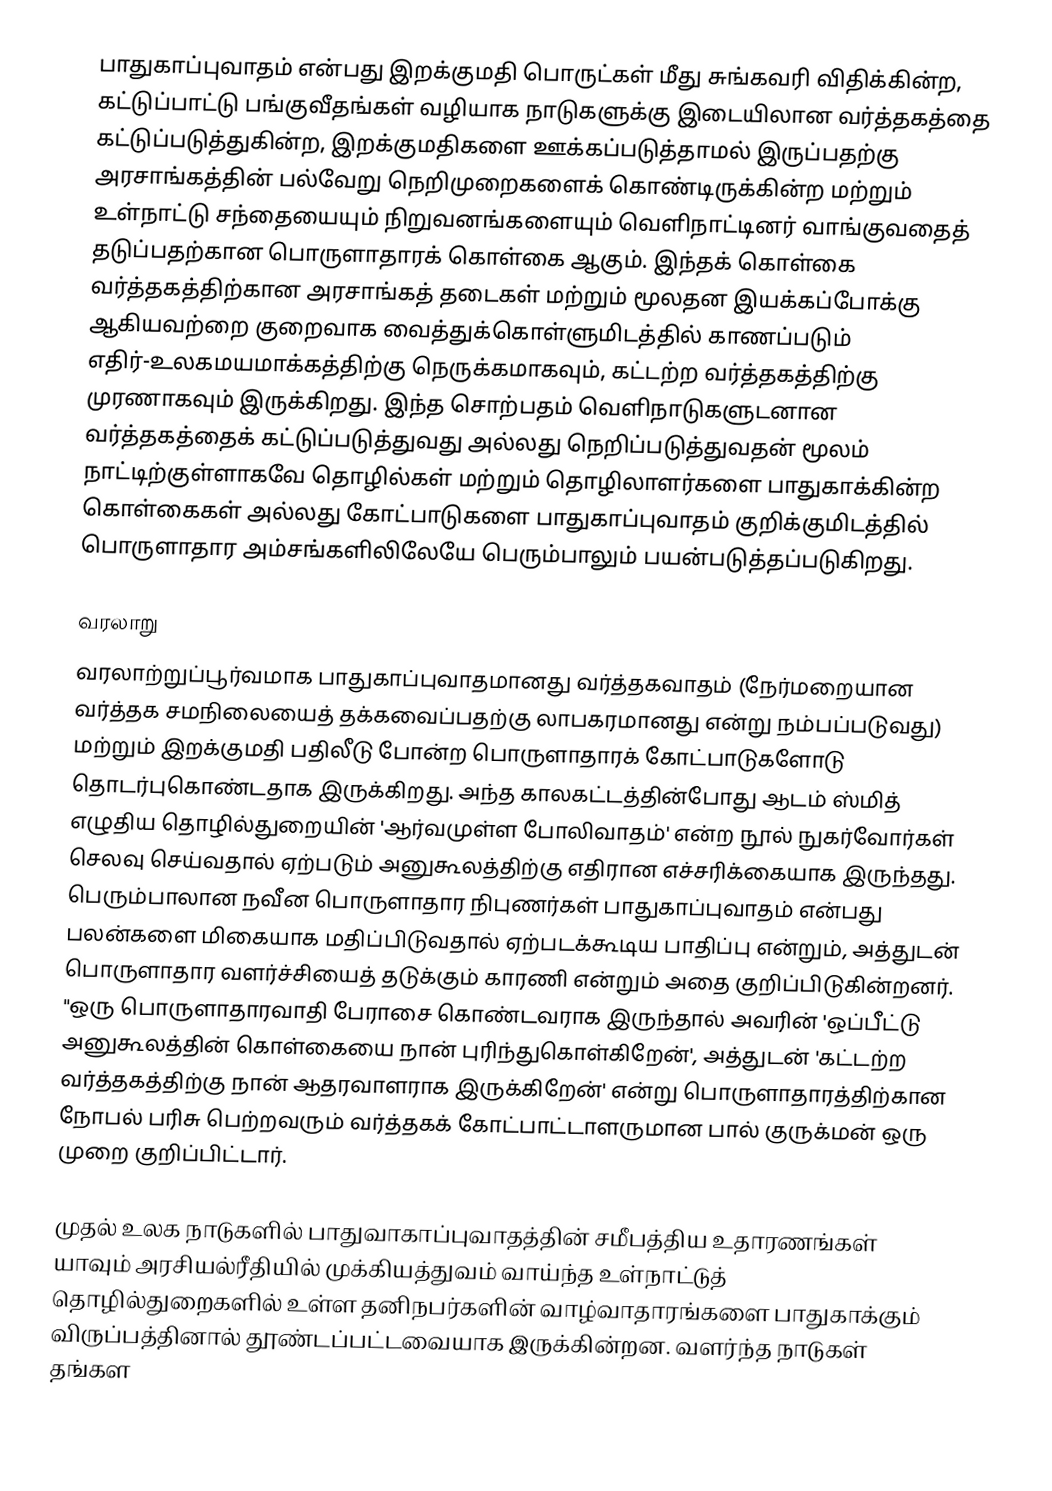
பாதுகாப்புவாதம் என்பது இறக்குமதி பொருட்கள் மீது சுங்கவரி விதிக்கின்ற, கட்டுப்பாட்டு பங்குவீதங்கள் வழியாக நாடுகளுக்கு இடையிலான வர்த்தகத்தை கட்டுப்படுத்துகின்ற, இறக்குமதிகளை ஊக்கப்படுத்தாமல் இருப்பதற்கு அரசாங்கத்தின் பல்வேறு நெறிமுறைகளைக் கொண்டிருக்கின்ற மற்றும் உள்நாட்டு சந்தையையும் நிறுவனங்களையும் வெளிநாட்டினர் வாங்குவதைத் தடுப்பதற்கான பொருளாதாரக் கொள்கை ஆகும். இந்தக் கொள்கை வர்த்தகத்திற்கான அரசாங்கத் தடைகள் மற்றும் மூலதன இயக்கப்போக்கு ஆகியவற்றை குறைவாக வைத்துக்கொள்ளுமிடத்தில் காணப்படும் எதிர்-உலகமயமாக்கத்திற்கு நெருக்கமாகவும், கட்டற்ற வர்த்தகத்திற்கு முரணாகவும் இருக்கிறது. இந்த சொற்பதம் வெளிநாடுகளுடனான வர்த்தகத்தைக் கட்டுப்படுத்துவது அல்லது நெறிப்படுத்துவதன் மூலம் நாட்டிற்குள்ளாகவே தொழில்கள் மற்றும் தொழிலாளர்களை பாதுகாக்கின்ற கொள்கைகள் அல்லது கோட்பாடுகளை பாதுகாப்புவாதம் குறிக்குமிடத்தில் பொருளாதார அம்சங்களிலிலேயே பெரும்பாலும் பயன்படுத்தப்படுகிறது.

வரலாறு
வரலாற்றுப்பூர்வமாக பாதுகாப்புவாதமானது வர்த்தகவாதம் (நேர்மறையான வர்த்தக சமநிலையைத் தக்கவைப்பதற்கு லாபகரமானது என்று நம்பப்படுவது) மற்றும் இறக்குமதி பதிலீடு போன்ற பொருளாதாரக் கோட்பாடுகளோடு தொடர்புகொண்டதாக இருக்கிறது. அந்த காலகட்டத்தின்போது ஆடம் ஸ்மித் எழுதிய தொழில்துறையின் 'ஆர்வமுள்ள போலிவாதம்' என்ற நூல் நுகர்வோர்கள் செலவு செய்வதால் ஏற்படும் அனுகூலத்திற்கு எதிரான எச்சரிக்கையாக இருந்தது. பெரும்பாலான நவீன பொருளாதார நிபுணர்கள் பாதுகாப்புவாதம் என்பது பலன்களை மிகையாக மதிப்பிடுவதால் ஏற்படக்கூடிய பாதிப்பு என்றும், அத்துடன் பொருளாதார வளர்ச்சியைத் தடுக்கும் காரணி என்றும் அதை குறிப்பிடுகின்றனர். "ஒரு பொருளாதாரவாதி பேராசை கொண்டவராக இருந்தால் அவரின் 'ஒப்பீட்டு அனுகூலத்தின் கொள்கையை நான் புரிந்துகொள்கிறேன்', அத்துடன் 'கட்டற்ற வர்த்தகத்திற்கு நான் ஆதரவாளராக இருக்கிறேன்' என்று பொருளாதாரத்திற்கான நோபல் பரிசு பெற்றவரும் வர்த்தகக் கோட்பாட்டாளருமான பால் குருக்மன் ஒரு முறை குறிப்பிட்டார்.

முதல் உலக நாடுகளில் பாதுவாகாப்புவாதத்தின் சமீபத்திய உதாரணங்கள் யாவும் அரசியல்ரீதியில் முக்கியத்துவம் வாய்ந்த உள்நாட்டுத் தொழில்துறைகளில் உள்ள தனிநபர்களின் வாழ்வாதாரங்களை பாதுகாக்கும் விருப்பத்தினால் தூண்டப்பட்டவையாக இருக்கின்றன. வளர்ந்த நாடுகள் தங்கள